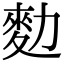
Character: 𪋾